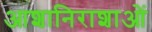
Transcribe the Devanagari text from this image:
आशानिराशाओं